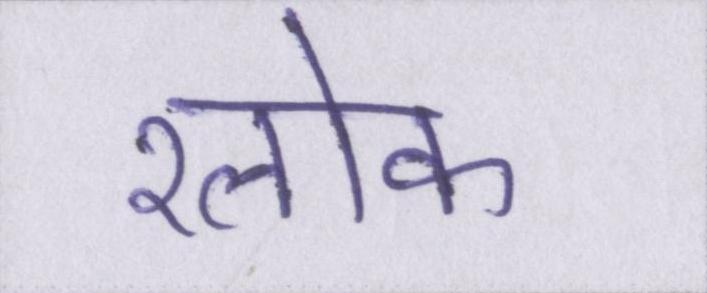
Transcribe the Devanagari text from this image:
श्लोक